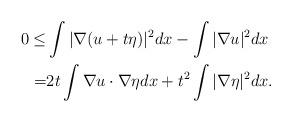
LaTeX: \begin{align*}0\le&\int|\nabla(u+t\eta)|^2dx-\int|\nabla u|^2dx\\ =&2t\int\nabla u\cdot\nabla\eta dx+t^2\int|\nabla\eta|^2dx.\end{align*}